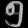
Digit: ၅